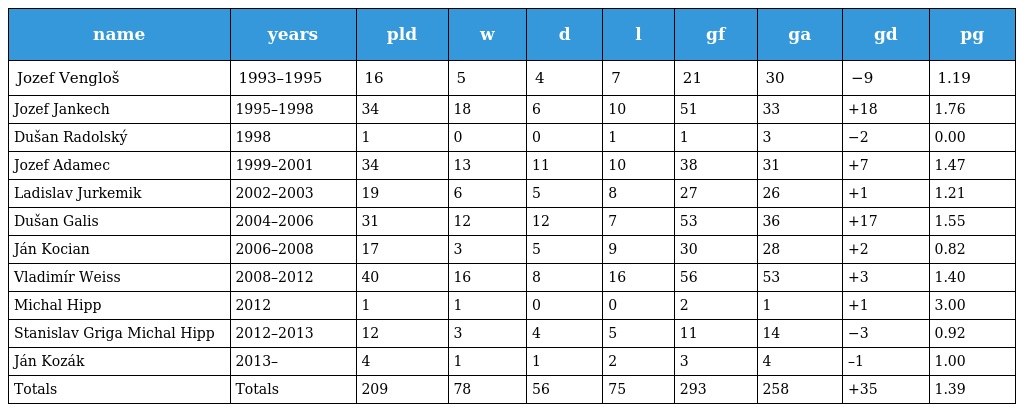
| name | years | pld | w | d | l | gf | ga | gd | pg |
 | --- | --- | --- | --- | --- | --- | --- | --- | --- | --- |
 | Jozef Vengloš | 1993–1995 | 16 | 5 | 4 | 7 | 21 | 30 | −9 | 1.19 |
 | Jozef Jankech | 1995–1998 | 34 | 18 | 6 | 10 | 51 | 33 | +18 | 1.76 |
 | Dušan Radolský | 1998 | 1 | 0 | 0 | 1 | 1 | 3 | −2 | 0.00 |
 | Jozef Adamec | 1999–2001 | 34 | 13 | 11 | 10 | 38 | 31 | +7 | 1.47 |
 | Ladislav Jurkemik | 2002–2003 | 19 | 6 | 5 | 8 | 27 | 26 | +1 | 1.21 |
 | Dušan Galis | 2004–2006 | 31 | 12 | 12 | 7 | 53 | 36 | +17 | 1.55 |
 | Ján Kocian | 2006–2008 | 17 | 3 | 5 | 9 | 30 | 28 | +2 | 0.82 |
 | Vladimír Weiss | 2008–2012 | 40 | 16 | 8 | 16 | 56 | 53 | +3 | 1.40 |
 | Michal Hipp | 2012 | 1 | 1 | 0 | 0 | 2 | 1 | +1 | 3.00 |
 | Stanislav Griga Michal Hipp | 2012–2013 | 12 | 3 | 4 | 5 | 11 | 14 | −3 | 0.92 |
 | Ján Kozák | 2013– | 4 | 1 | 1 | 2 | 3 | 4 | –1 | 1.00 |
 | Totals | Totals | 209 | 78 | 56 | 75 | 293 | 258 | +35 | 1.39 |